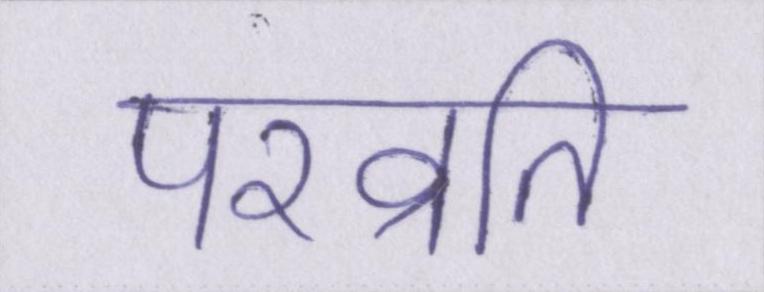
परव्रति